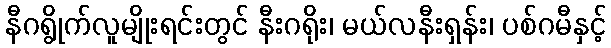
နီဂရွိုက်လူမျိုးရင်းတွင် နီးဂရိုး၊ မယ်လနီးရှန်း၊ ပစ်ဂမီနှင့်